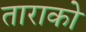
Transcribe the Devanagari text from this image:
ताराको